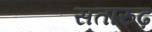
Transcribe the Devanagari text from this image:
सतारुढ़